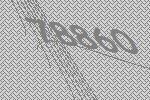
78860